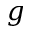
g